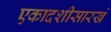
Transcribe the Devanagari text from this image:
एकादशीसारखे